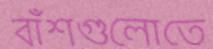
বাঁশগুলোতে